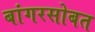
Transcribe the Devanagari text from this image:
बांगरसोबत